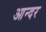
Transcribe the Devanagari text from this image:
आन्दर